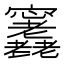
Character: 𡬕